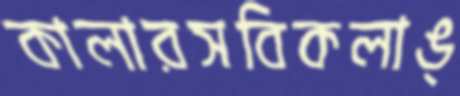
কালারসবিকলাঙ্